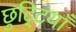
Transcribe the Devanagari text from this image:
छुटि्टयाँ